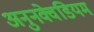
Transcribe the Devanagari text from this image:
अनुनक्वेडियम